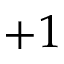
+ 1